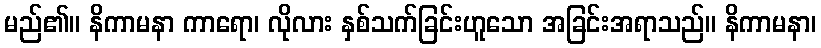
မည်၏။ နိကာမနာ ကာရော၊ လိုလား နှစ်သက်ခြင်းဟူသော အခြင်းအရာသည်။ နိကာမနာ၊